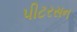
પીટરસન